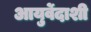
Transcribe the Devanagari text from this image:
आयुर्वेदाशी